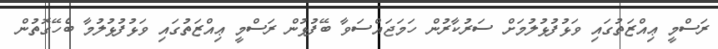
ރަސްމީ ޢިއްޒަތުގައި ވަޅުފުޅުލުމަށް ސަރުކާރުން ހަމަޖައްސަވާ ބޭފުޅުން ރަސްމީ ޢިއްޒަތުގައި ވަޅުފުޅުލުމާ ބެހޭގޮތުން